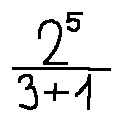
\frac { 2 ^ { 5 } } { 3 + 1 }